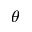
\theta